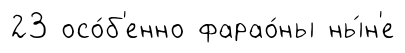
23 осо́б'енно фарао́ны ны́н'е